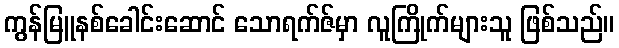
ကွန်မြူနစ်ခေါင်းဆောင် သောရက်ဇ်မှာ လူကြိုက်များသူ ဖြစ်သည်။